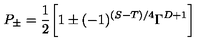
P _ { \pm } = \frac { 1 } { 2 } \biggl [ 1 \pm ( - 1 ) ^ { ( S - T ) / 4 } \Gamma ^ { D + 1 } \biggr ]